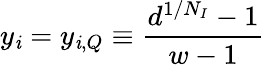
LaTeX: y_{\mathit{i}}=y_{\mathit{i},Q}\equiv\frac{{d^{1/N_{I}}-1}}{{w-1}}